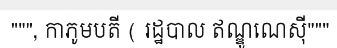
""", កាភូមបតី ( រដ្ឋបាល ឥណ្ឌូណេស៊ី"""